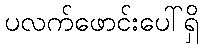
ပလက်ဖောင်းပေါ်ရှိ